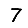
Digit: 7